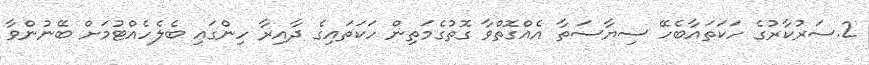
2.ސަރުކާރުގެ ހަކަތައާބެހޭ ސިޔާސަތާ އެއްގޮތްވާ ގޮތުގެމަތިން ހަކަތައިގެ ދާއިރާ ހިންގައި ބެލެހެއްޓުމަށް ބޭނުންވާ